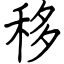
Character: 移